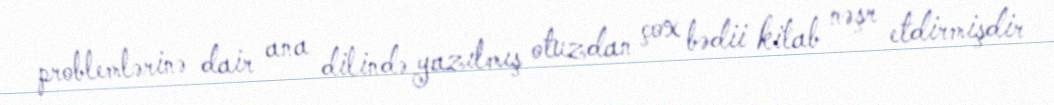
problemlərinə dair ana dilində yazılmış otuzdan çox bədii kitab nəşr etdirmişdir